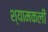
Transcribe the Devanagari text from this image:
श्यामकली